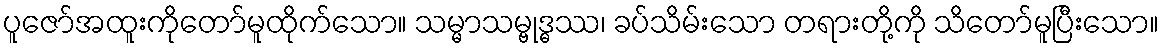
ပူဇော်အထူးကိုတော်မူထိုက်သော။ သမ္မာသမ္ဗုဒ္ဓဿ၊ ခပ်သိမ်းသော တရားတို့ကို သိတော်မူပြီးသော။